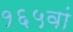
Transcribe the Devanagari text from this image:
१६५वां